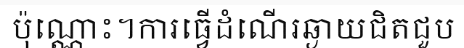
ប៉ុណ្ណោះ។ការធ្វើដំណើរឆ្ងាយជិតជួប